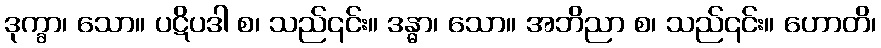
ဒုက္ခာ၊ သော။ ပဋိပဒါ စ၊ သည်၎င်း။ ဒန္ဓာ၊ သော။ အဘိညာ စ၊ သည်၎င်း။ ဟောတိ၊